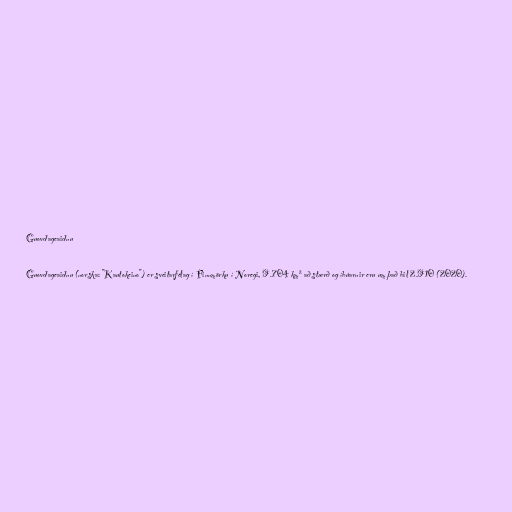
Guovdageaidnu

Guovdageaidnu (norska: "Kautokeino") er sveitarfélag í Finnmörku í Noregi, 9.704 km² að stærð og íbúarnir eru um það bil 2.910 (2020).